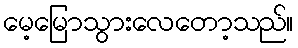
မေ့မြောသွားလေတော့သည်။